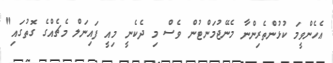
އެހެންވީމަ ކުޅުންތެރިންނާ މެނޭޖުމަންޓުން ވެސް މި ދެކެނީ މިއީ ފައިނަލް މެޗެއްގެ ގޮތުގައި"